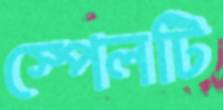
স্পেলটি